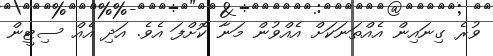
ވުރެ ގިނައިން އެއްތަނަކަށް އެއްވުން މަނާ ކޮށްފަ އެވެ. އަދި އެއް ސިޓީން